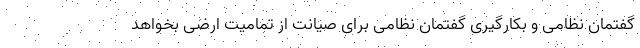
گفتمان نظامی و بکارگیری گفتمان نظامی برای صیانت از تمامیت ارضی بخواهد